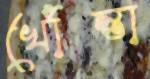
খোঁন্তা